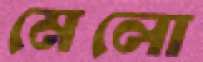
মেলো